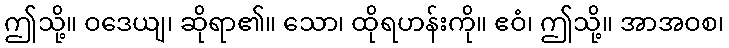
ဤသို့။ ဝဒေယျ၊ ဆိုရာ၏။ သော၊ ထိုရဟန်းကို။ ဧဝံ၊ ဤသို့။ အာအဝစ၊